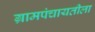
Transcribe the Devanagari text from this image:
ग्रामपंचायतीला